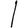
Digit: 1